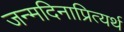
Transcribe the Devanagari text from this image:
जन्मदिनाप्रित्यर्थ